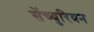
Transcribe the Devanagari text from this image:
सेंच्युरियन